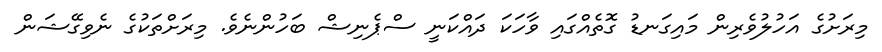
މިރަށުގެ އަހުލުވެރިން މައިގަނޑު ގޮތެއްގައި ވާހަކަ ދައްކަނީ ސްޕެނިޝް ބަހުންނެވެ. މިރަށްތަކުގެ ނެވިގޭޝަން